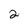
Character: 2